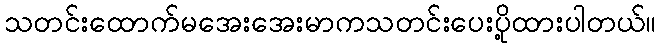
သတင်းထောက်မအေးအေးမာကသတင်းပေးပို့ထားပါတယ်။